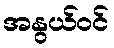
အနွယ်ဝင်